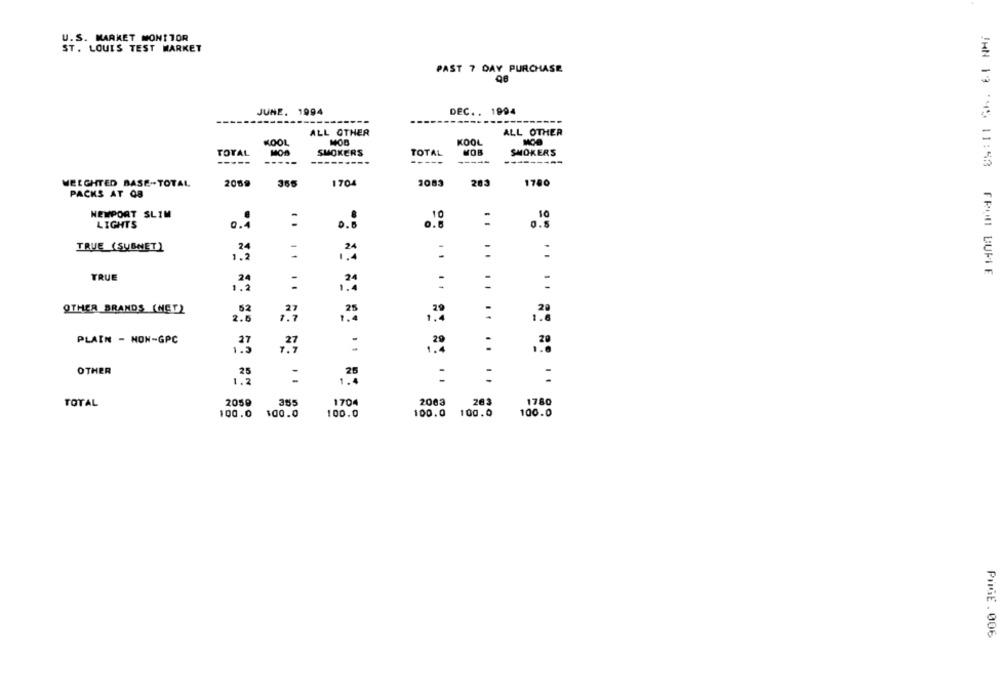
U.S. MARKET MONITOR
ST. LOUIS TEST MARKET
PAST 7 DAY PURCHASE
JUNE. 1994
DEC .. 1994
ALL OTHER
ALL OTHER
KOOL
KOOL
TOTAL
MOB
SMOKERS
TOTAL
MOR
SMOKERS
-----
-----
-----
---------
WEIGHTED BASE -- TOTAL
2089
356
2083
203
1704
1780
PACKS AT 08
NEWPORT SLIM
LIGHTS
0.4
0.8
0.8
TRUE (SUBNET)
24
-
1.2
1 1
:
JAN 19 :45 11:53 FROM BUPIE
TRUE
OTHER BRANDS (NET)
29
2.6
:
PLAIN - NON-GPC
29
:
.4
OTHER
25
1.2
:
TOTAL
2059
355
2003
283
1780
100.0
100.0
100.0
100.0
100.0
100.0
PAGE . 006